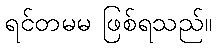
ရင်တမမ ဖြစ်ရသည်။